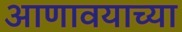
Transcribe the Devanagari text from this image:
आणावयाच्या